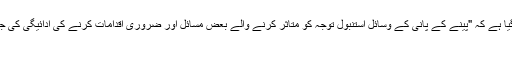
ای آئی اے کی رائے میں؛ منصوبے کے لیے ترکی کے نقطہ نظر، منصوبہ بیان کیا گیا ہے کہ "پینے کے پانی کے وسائل استنبول توجہ کو متاثر کرنے والے بعض مسائل اور ضروری اقدامات کرنے کی ادائیگی کی جائے گی کے لحاظ سے منصوبے کی وصولی کے دوران لیا جانا چاہئے" بیان میں کہا.
پینے کے پانی کی لائن غیر فعال ہے۔